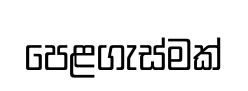
පෙළගැස්මක්